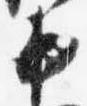
中